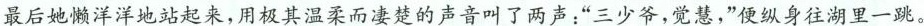
最后她懒洋洋地站起来，用极其温柔而凄楚的声音叫了两声”三少爷，觉慧，”便纵身往湖里一跳。